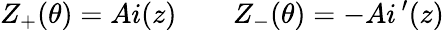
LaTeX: Z_{+}(\theta)=Ai(z)\qquad Z_{-}(\theta)=-Ai\, ^{\prime}(z)